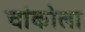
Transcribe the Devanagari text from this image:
चांकोला